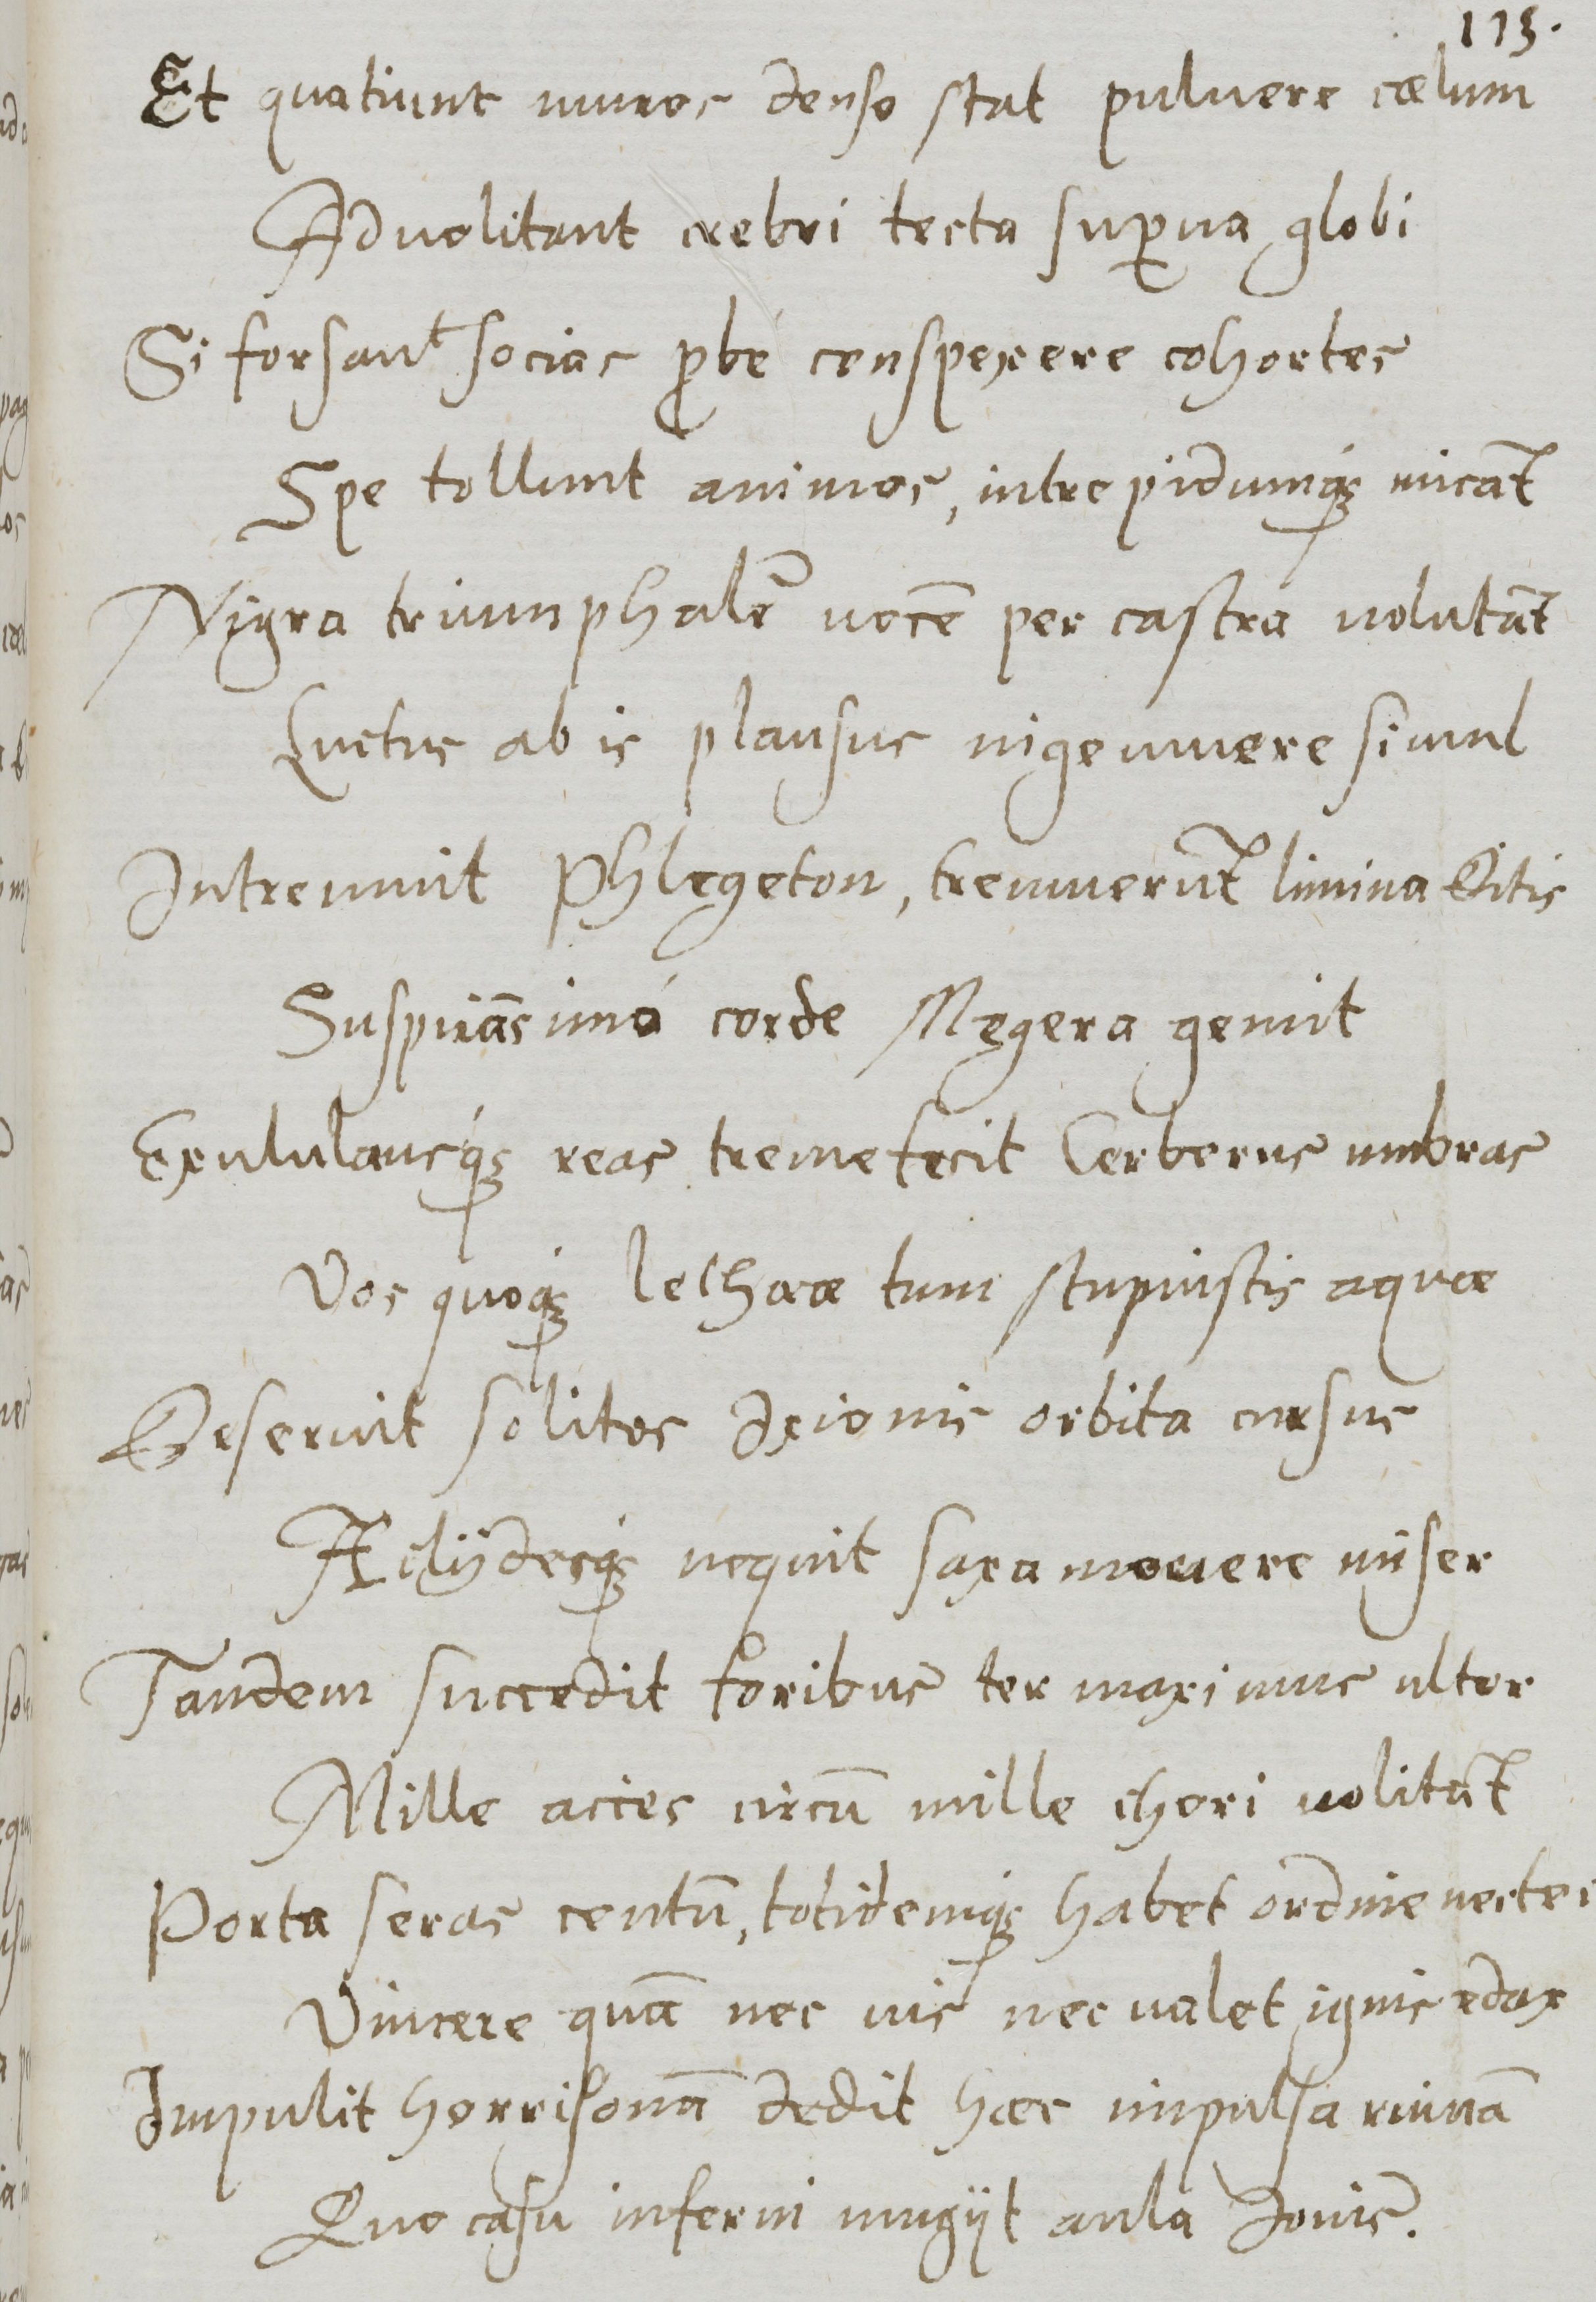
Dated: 1577–1577